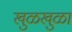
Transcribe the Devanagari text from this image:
खुळखुळा